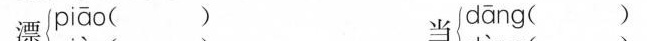
漂piāo（） dāng（）